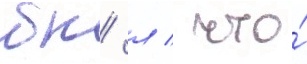
бк/ л / что́